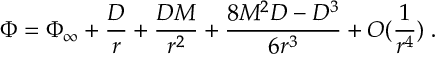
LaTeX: \Phi = \Phi _ { \infty } + \frac { D } { r } + \frac { D M } { r ^ { 2 } } + \frac { 8 M ^ { 2 } D - D ^ { 3 } } { 6 r ^ { 3 } } + O ( \frac { 1 } { r ^ { 4 } } ) \; .